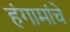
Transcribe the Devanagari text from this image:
हंगामांचे